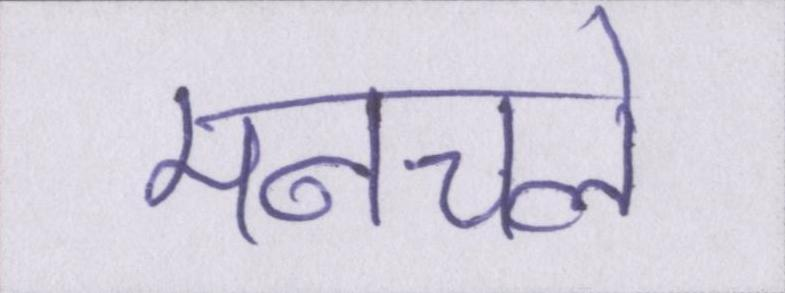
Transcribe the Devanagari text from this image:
मनचले